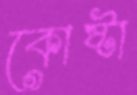
কোষ্টা